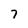
Character: 7